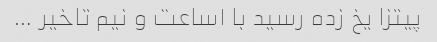
پیتزا یخ زده رسید با ۱ساعت و نیم تاخیر …